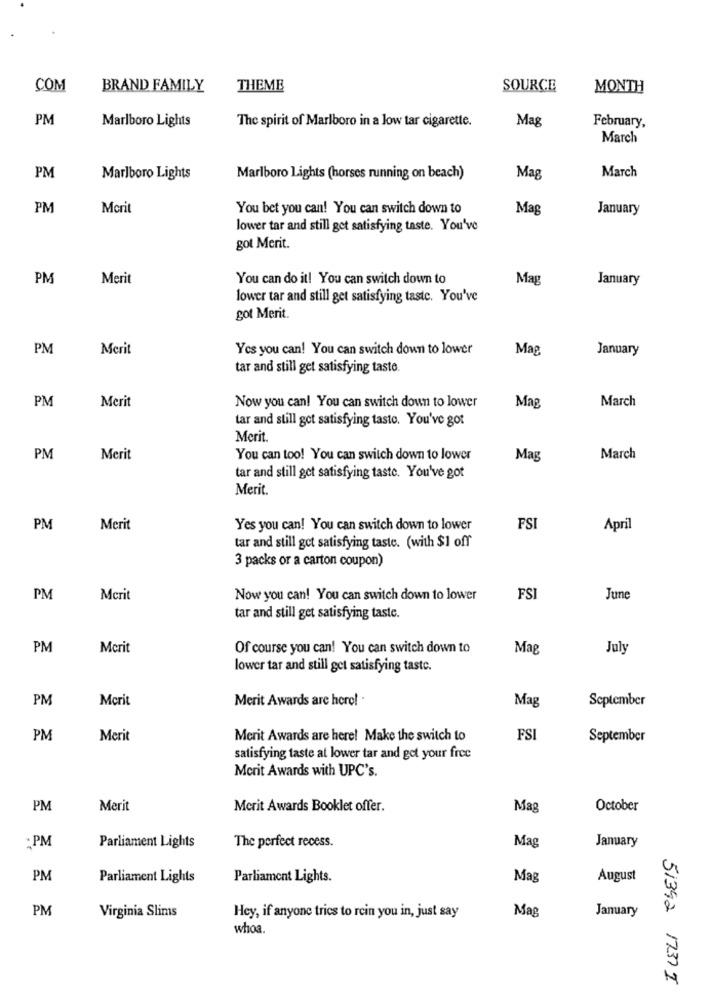
COM
BRAND FAMILY
THEME
SOURCE
MONTH
PM
Marlboro Lights
Mag
February,
The spirit of Marlboro in a low tar cigarette.
March
March
PM
Marlboro Lights
Marlboro Lights (horses running on beach)
Mag
PM
Morit
You bet you can! You can switch down to
Mag
January
lower tar and still get satisfying taste. You've
got Merit.
PM
Merit
You can do it! You can switch down to
Mag
January
lower tar and still get satisfying taste. You've
got Merit.
PM
Merit
Yes you can! You can switch down to lower
Mag
January
tar and still get satisfying taste.
PM
Merit
March
Now you can! You can switch down to lower
Mag
tar and still got satisfying taste. You've got
Merit.
PM
Merit
You can too! You can switch down to lower
Mag
March
tar and still get satisfying taste. You've got
Merit.
PM
Merit
Yes you can! You can switch down to lower
FSI
April
tar and still get satisfying taste. (with $1 off
3 packs or a carton coupon)
PM
Merit
Now you can! You can switch down to lower
FSI
June
tar and still get satisfying taste.
PM
Merit
Of course you can! You can switch down to
Mag
July
lower tar and still get satisfying taste.
PM
Mcrit
Merit Awards are here!
Mag
September
PM
Merit
Merit Awards are here! Make the switch to
FSI
September
satisfying taste at lower tar and got your free
Merit Awards with UPC's.
PM
Merit
Merit Awards Booklet offer.
Mag
October
Mag
January
: PM
Parliament Lights
The perfect recess.
PM
Parliament Lights
Parliament Lights.
Mag
August
PM
Mag
January
Virginia Slims
Hey, if anyone tries to rein you in, just say
whoa
51392 1237 I